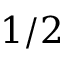
1 / 2